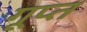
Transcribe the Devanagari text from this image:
गूप्त